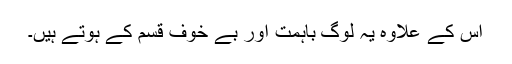
اس کے علاوہ یہ لوگ باہمت اور بے خوف قسم کے ہوتے ہیں۔